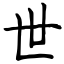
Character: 世